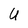
Character: U